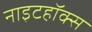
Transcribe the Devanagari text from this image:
नाइटहॉक्स